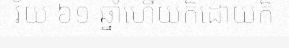
វ័យ ៦១ ឆ្នាំហើយក៏ដោយក៏